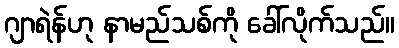
ဂျာရဲန်ဟု နာမည်သစ်ကို ခေါ်လိုက်သည်။